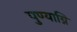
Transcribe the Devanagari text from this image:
पुण्याग्नि